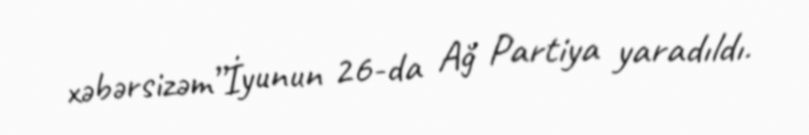
xəbərsizəm”İyunun 26-da Ağ Partiya yaradıldı.